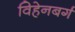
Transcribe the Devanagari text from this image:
विहेनबर्ग